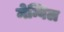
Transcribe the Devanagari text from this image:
मेन्विल